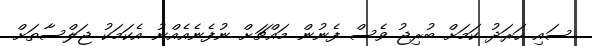
ސައި ހަރަދު ކަމަށް ބުރިޖު ވެސް ފެނުން މައްޗަށް ނުފެނެއެއްނު އެކަމަކު ޖަލްސާތަށް